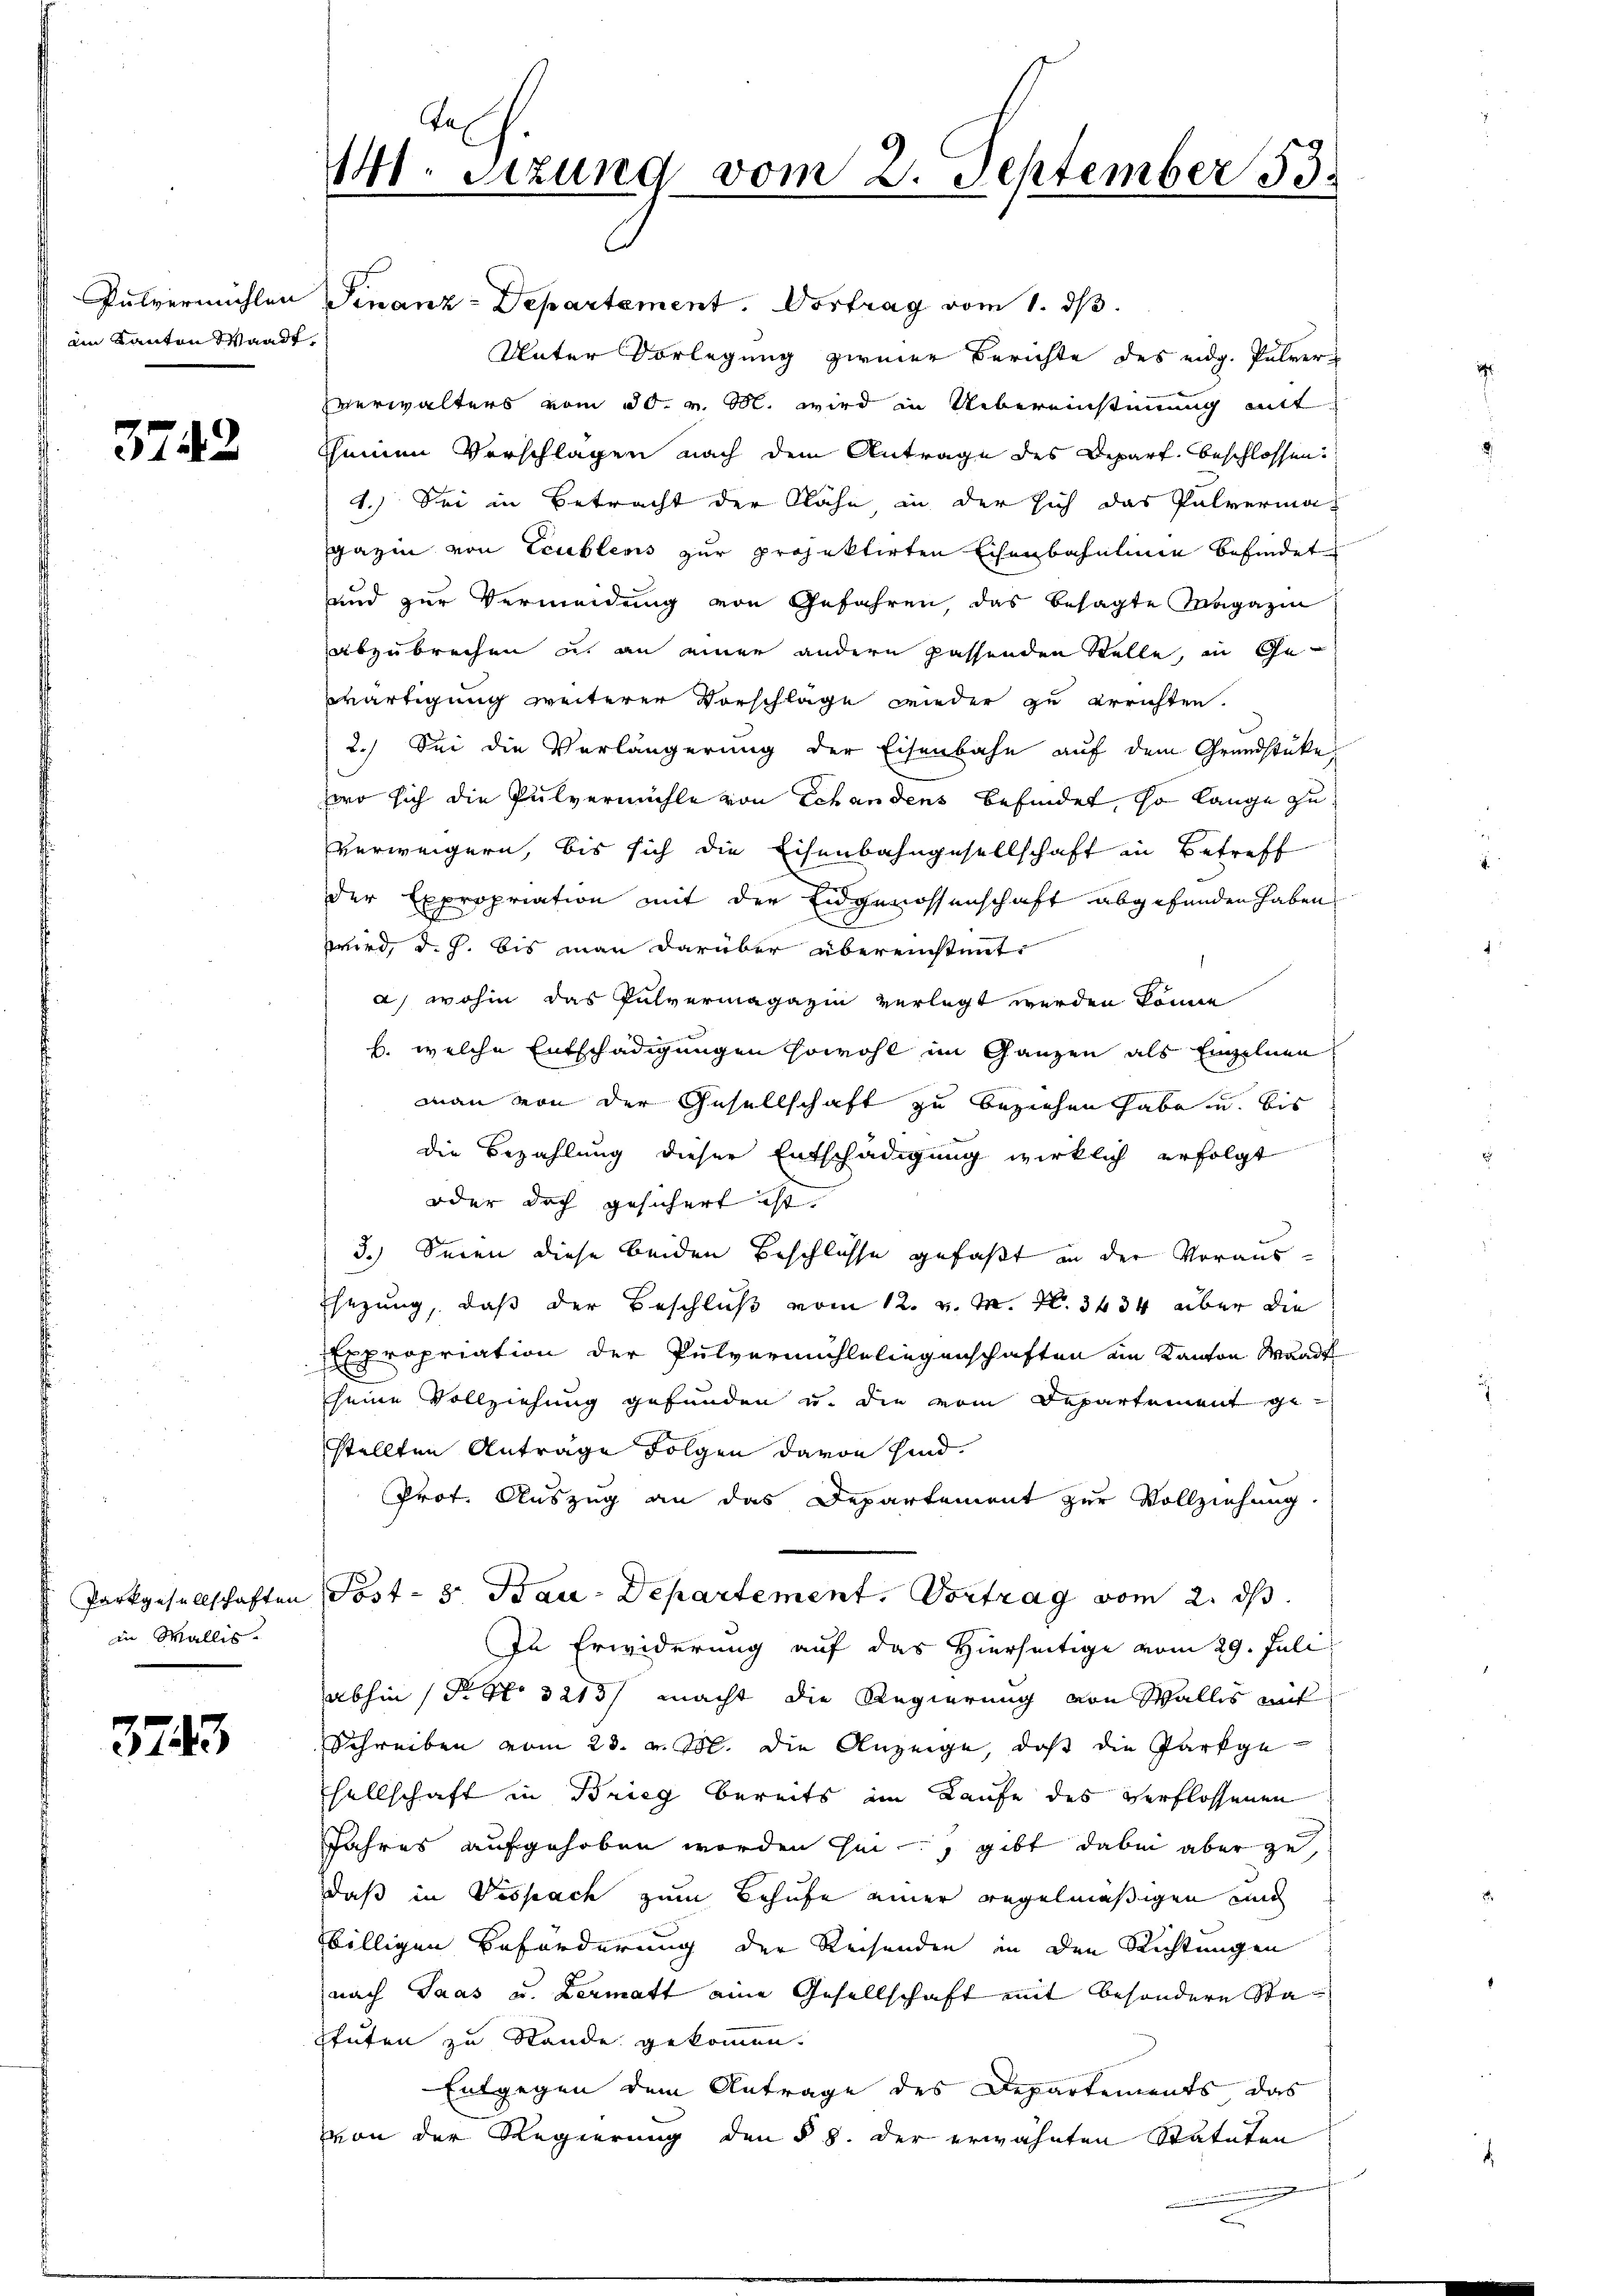
ain Kanton Waadt,

3742

in Wallis.

3743

Pulvermühlen Finanz-Departement. Vortrag vom 1. dβ.
Unter Vorlegung zweier Berichte des eidg. Pulver-
verwalters vom 30. v. M. wird in Uebereinstimmung mitt
Scheinen Verschlagen nach dem Antrage des Depart beschlossen
1.) Sei in Betracht der Nähe in der sich das Pulvermagazin von Leubleris zur projektirten Eisenbahnlinie befindet
und zur Vermeidung von Gefahren, das besagte Magazin
abzubrechen u. an einer andern passenden Stelle, in Gewärtigung weiterer Vorschlage wieder zu errichten.
2.) Sei die Verlängerung der Eisenbahn auf dem Grundstücke,
wo sich die Pulvermühle von Echandens befindet, so lange zu
verweigern, bis sich die Eisenbahngesellschaft in Betreff
der Expropriation mit der Eidgenossenschaft abgefunden haben
wird, d. h. bis man darüber übereinstimmt:
a) wohin das Pulvermagazin verlegt werden könne
b. welche Entschädigungen sowohl im Ganzen als Engelnen
man von der Gesellschaft zu beziehen habe und bis
die Bezahlung dieser Entschädigung wirklich erfolgt
oder doch gesichert ist.
3.) Seien diese beiden Beschlüsse gefaßt in der Voraus¬
Esezung, daß der Beschluß vom 12. v. M. N. 3434 über die
xpropriation der Pulvermühle liegenschaften ein Kanton Waadt
seine Vollziehung gefunden u. die vom Departement gestellten Antrage Folgen davon sind.
Prot. Auszug an das Departement zur Vollziehung.
Parkgesellschaften Post- 3. Bau-Departement. Vortrag vom 2. ds.
In Erwiderung auf das Hierseitige vom 29. Juli
abhin (P. Nr. 3213/ macht die Regierung von Wallis mit
Schreiben vom 23. v. M. die Anzeige, daß die Parkgesellschaft in Brieg bereits im Laufe des verflossenen
Jahres aufgehoben worden sei, gibt dabei aber zu,
daß in Vispach zum Behufe einer regelmäßigen und
billigen Beförderung der Reisenden in den Richtungen
nach Saas u. Lermatt eine Gesellschaft mit besondere Stastufen zu Stande gekommen.
Entgegen dem Antrage des Departements das
von der Regierung den § 8. der erwähnten Statuten
n

141. Sitzung vom 2. September 53.